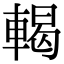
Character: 輵